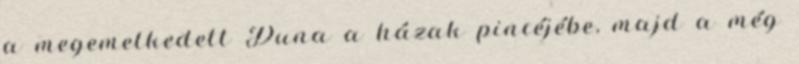
a megemelkedett Duna a házak pincéjébe, majd a még